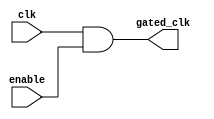
module clock_gating_cell (
    input wire clk,              // Original clock signal
    input wire enable,           // Clock gating control signal
    output wire gated_clk        // Gated clock output
);
    assign gated_clk = clk & enable; // Simple AND gate for clock gating
endmodule